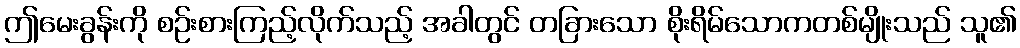
ဤမေးခွန်းကို စဉ်းစားကြည့်လိုက်သည့် အခါတွင် တခြားသော စိုးရိမ်သောကတစ်မျိုးသည် သူ၏